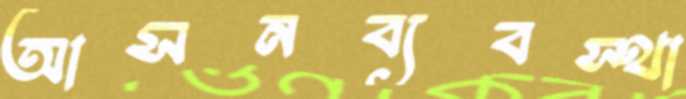
আসনব্যবস্থা